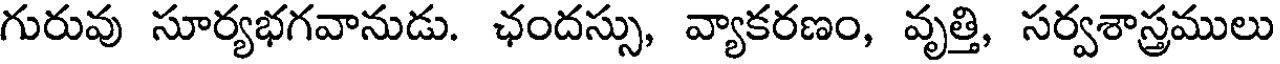
గురువు సూర్యభగవానుడు. ఛందస్సు, వ్యాకరణం, వృత్తి, సర్వశాస్త్రములు